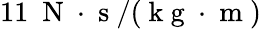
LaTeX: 11~\mathrm{~N~}\cdot\mathrm{~s~}/(\mathrm{~k~g~}\cdot\mathrm{~m~})